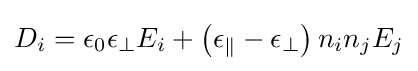
D_{i}=\epsilon _{0}\epsilon _{\bot }E_{i}+\left(\epsilon _{\parallel }-\epsilon _{\bot }\right)n_{i}n_{j}E_{j}